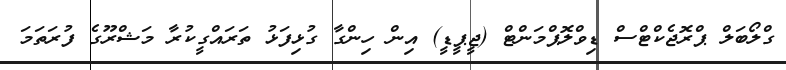
ގްލޯބަލް ޕްރޮޖެކްޓްސް ޑިވްލޮޕްމަންޓް (ޖީޕީޑީ) އިން ހިންގާ ގުޅިފަޅު ތަރައްގީކުރާ މަޝްރޫގެ ފުރަތަމަ